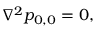
\begin{array} { r } { \nabla ^ { 2 } p _ { 0 , 0 } = 0 , } \end{array}